Civil Veterinary Dept. Bombay admin report 1932-41 - 1932-1941
Year: 1932
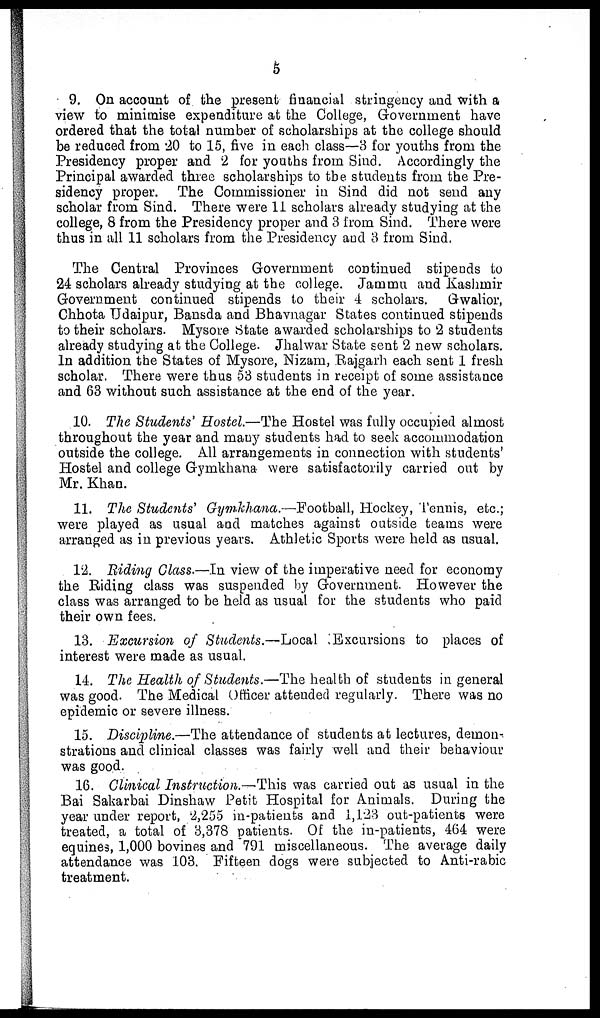
5
9. On account of the present financial stringency and with a
view to minimise expenditure at the College, Government have
ordered that the total number of scholarships at the college should
be reduced from 20 to 15, five in each class—3 for youths from the
Presidency proper and 2 for youths from Sind. Accordingly the
Principal awarded three scholarships to the students from the Pre-
sidency proper. The Commissioner in Sind did not send any
scholar from Sind. There were 11 scholars already studying at the
college, 8 from the Presidency proper and 3 from Sind. There were
thus in all 11 scholars from the Presidency and 3 from Sind.
The Central Provinces Government continued stipends to
24 scholars already studying at the college. Jammu and Kashmir
Government continued stipends to their 4 scholars. Gwalior,
Chhota Udaipur, Bansda and Bhavnagar States continued stipends
to their scholars. Mysore State awarded scholarships to 2 students
already studying at the College. Jhalwar State sent 2 new scholars.
In addition the States of Mysore, Nizam, Rajgarh each sent 1 fresh
scholar. There were thus 53 students in receipt of some assistance
and 63 without such assistance at the end of the year.
10. The Students' Hostel.—The Hostel was fully occupied almost
throughout the year and many students had to seek accommodation
outside the college. All arrangements in connection with students'
Hostel and college Gymkhana were satisfactorily carried out by
Mr. Khan.
11. The Students' Gymkhana.—Football, Hockey, Tennis, etc.;
were played as usual and matches against outside teams were
arranged as in previous years. Athletic Sports were held as usual.
12. Riding Class.—In view of the imperative need for economy
the Riding class was suspended by Government. However the
class was arranged to be held as usual for the students who paid
their own fees.
13. Excursion of Students.—Local Excursions to places of
interest were made as usual.
14. The Health of Students.—The health of students in general
was good. The Medical Officer attended regularly. There was no
epidemic or severe illness.
15. Discipline.—The attendance of students at lectures, demon--
strations and clinical classes was fairly well and their behaviour
was good.
16. Clinical Instruction.-This
was carried out as usual in the
Bai Sakarbai Dinshaw Petit Hospital for Animals. During the
year under report, 2,255 in-patients and 1,123 out-patients were
treated, a total of 3,378 patients. Of the in-patients, 464 were
equines, 1,000 bovines and 791 miscellaneous. The average daily
attendance was 103. Fifteen dogs were subjected to Anti-rabic
treatment.